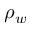
\rho _ { w }